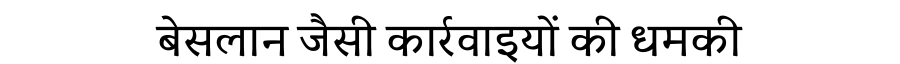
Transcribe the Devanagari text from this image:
बेसलान जैसी कार्रवाइयों की धमकी